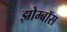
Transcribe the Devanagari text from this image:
झोम्बॉस